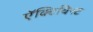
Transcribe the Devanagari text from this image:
ऍक्टिविस्ट